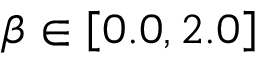
\beta \in \left[ 0 . 0 , 2 . 0 \right]